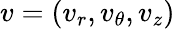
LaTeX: v=(v_{r},v_{\theta},v_{z})